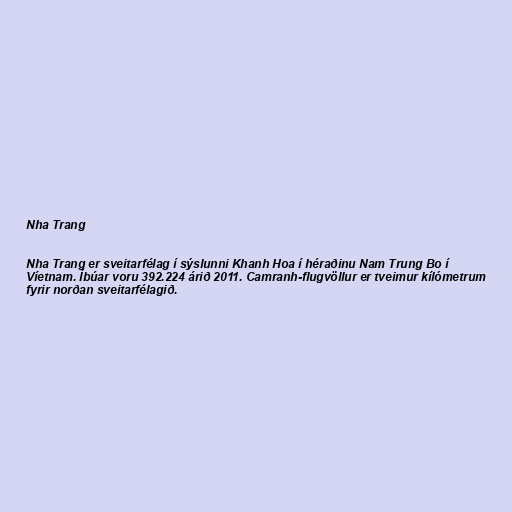
Nha Trang

Nha Trang er sveitarfélag í sýslunni Khanh Hoa í héraðinu Nam Trung Bo í
Víetnam. Íbúar voru 392.224 árið 2011. Camranh-flugvöllur er tveimur kílómetrum
fyrir norðan sveitarfélagið.